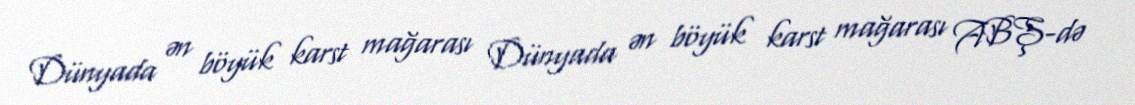
Dünyada ən böyük karst mağarası Dünyada ən böyük karst mağarası ABŞ-də